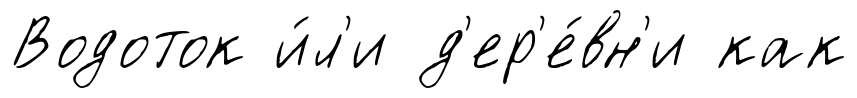
Водоток и́л'и д'ер'е́вн'и как